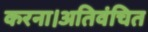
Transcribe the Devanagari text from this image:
करना।अतिवंचित